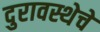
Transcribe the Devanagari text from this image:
दुरावस्थेचे